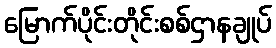
မြောက်ပိုင်းတိုင်းစစ်ဌာနချုပ်